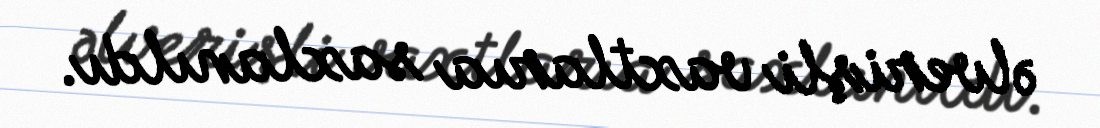
əlverişli vaxtlarıa saxlanıldı.